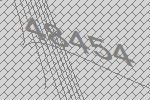
48454